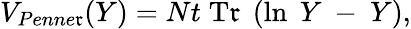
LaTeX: V_{Penne\mathfrak{r}}(Y)=Nt\; \mathrm{{T\mathfrak{r}}}\; \left(\ln\; Y~-~Y\right),